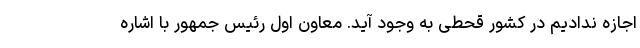
اجازه ندادیم در کشور قحطی به وجود آید. معاون اول رئیس جمهور با اشاره